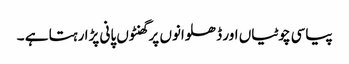
پیاسی چوٹیاں اور ڈھلوانوں پر گھنٹوں پانی پڑا رہتا ہے ۔